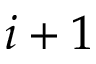
i + 1